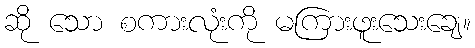
ဆို သော စကားလုံးကို မကြားဖူးသေးချေ။